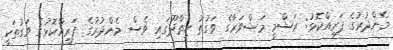
މެންދުރުގެ ފަރިއްކޮޅު: ރަސްމީ މަޝްވަރާގެ ވަގުތު ހިތާދޫގައި ވެސް މެންދުރުގެ ފަރިއްކޮޅުގެ ވަގުތަކީ